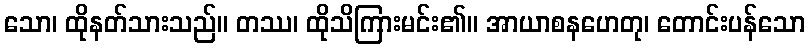
သော၊ ထိုနတ်သားသည်။ တဿ၊ ထိုသိကြားမင်း၏။ အာယာစနဟေတု၊ တောင်းပန်သော